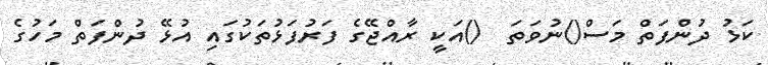
ކަޅު ދުންފަތް މަސް()ނުވަތަ  ()އަކީ ރާއްޖޭގެ ފަރުފަޅުތަކުގައި އުޅޭ ދުންފަތް މަހުގެ